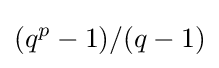
(q^{p}-1)/(q-1)